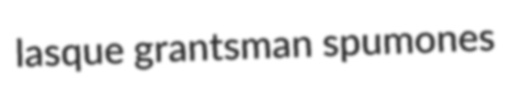
lasque grantsman spumones